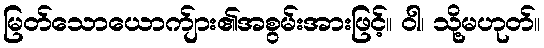
မြတ်သောယောက်ျား၏အစွမ်းအားဖြင့်။ ဝါ၊ သို့မဟုတ်။